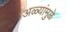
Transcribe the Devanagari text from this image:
अळ्यांमुळे